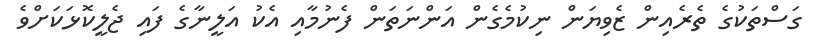
ގަސްތަކުގެ ތެރެއިން ޒެވިޔަން ނިކުމެގެން އަންނަތަން ފެނުމާއި އެކު އަލީނާގެ ފައި ޖެލީކޮޅަކަށްވެ